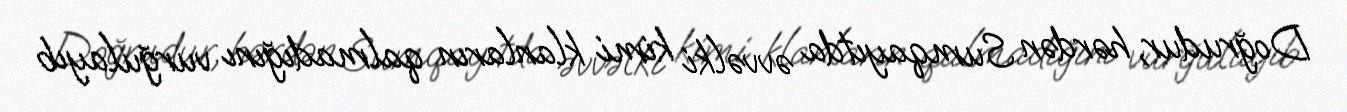
Doğrudur, hərdən Sumqayıtda əvvəlki kimi klanların qalmadığını vurğulayıb